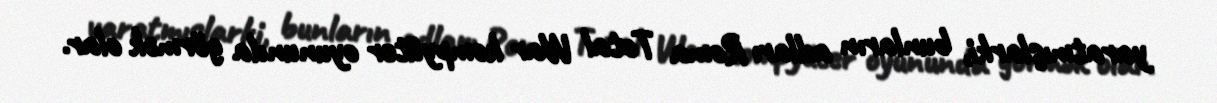
yaratmışlarki, bunların adları Roma Total War kompyüter oyununda görmək olar.